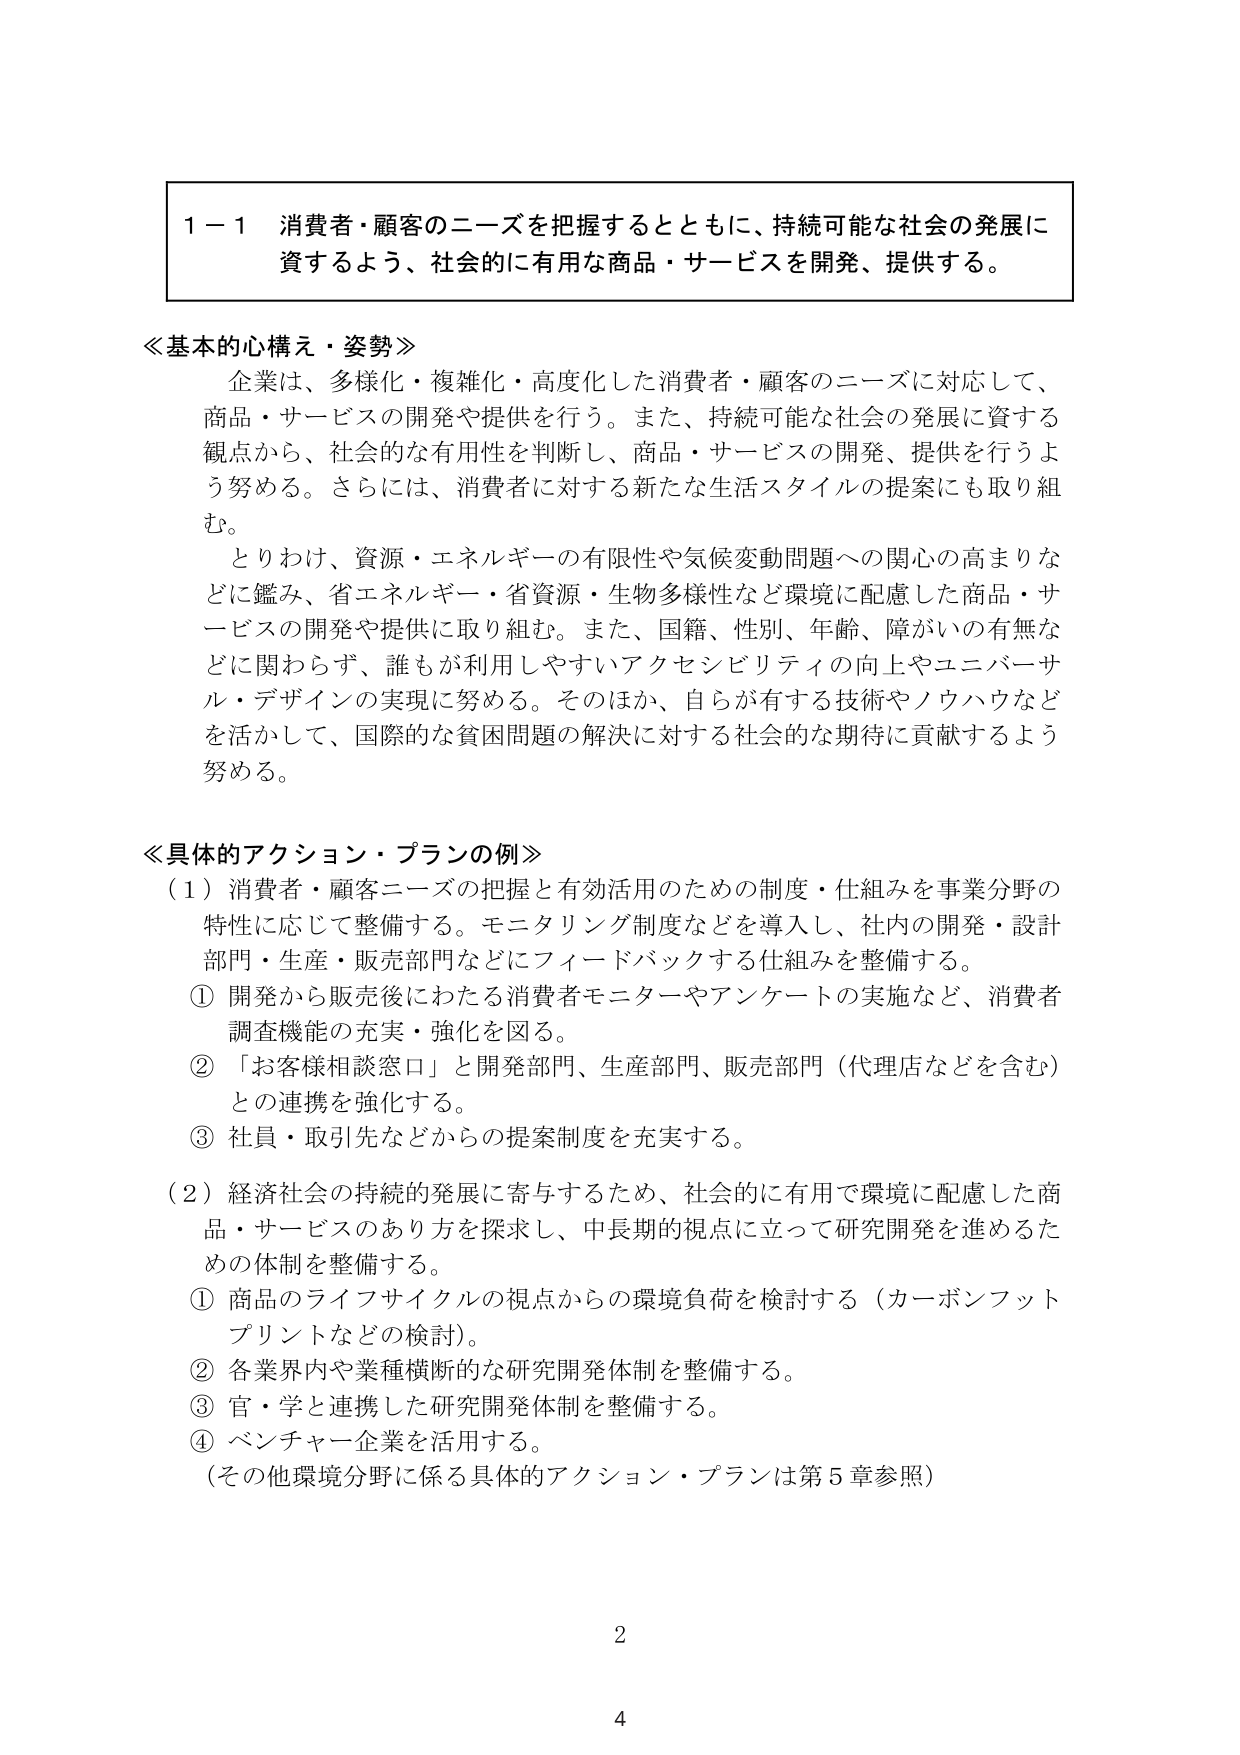
1－1 消費者・顧客のニーズを把握するとともに、持続可能な社会の発展に
資するよう、社会的に有用な商品・サービスを開発、提供する。

≪基本的心構え・姿勢≫
企業は、多様化・複雑化・高度化した消費者・顧客のニーズに対応して、
商品・サービスの開発や提供を行う。また、持続可能な社会の発展に資する
観点から、社会的な有用性を判断し、商品・サービスの開発、提供を行うよ
う努める。さらには、消費者に対する新たな生活スタイルの提案にも取り組
む。
とりわけ、資源・エネルギーの有限性や気候変動問題への関心の高まりな
どに鑑み、省エネルギー・省資源・生物多様性など環境に配慮した商品・サ
ービスの開発や提供に取り組む。また、国籍、性別、年齢、障がいの有無な
どに関わらず、誰もが利用しやすいアクセシビリティの向上やユニバーサ
ル・デザインの実現に努める。そのほか、自らが有する技術やノウハウなど
を活かして、国際的な貧困問題の解決に対する社会的な期待に貢献するよう
努める。

≪具体的アクション・プランの例≫
（1）消費者・顧客ニーズの把握と有効活用のための制度・仕組みを事業分野の
特性に応じて整備する。モニタリング制度などを導入し、社内の開発・設計
部門・生産・販売部門などにフィードバックする仕組みを整備する。
① 開発から販売後にわたる消費者モニターやアンケートの実施など、消費者
調査機能の充実・強化を図る。
② 「お客様相談窓口」と開発部門、生産部門、販売部門（代理店などを含む）
との連携を強化する。
③ 社員・取引先などからの提案制度を充実する。
（2）経済社会の持続的発展に寄与するため、社会的に有用で環境に配慮した商
品・サービスのあり方を探求し、中長期的視点に立って研究開発を進めるた
めの体制を整備する。
① 商品のライフサイクルの視点からの環境負荷を検討する（カーボンフット
プリントなどの検討）。
② 各業界内や業種横断的な研究開発体制を整備する。
③ 官・学と連携した研究開発体制を整備する。
④ ベンチャー企業を活用する。
（その他環境分野に係る具体的アクション・プランは第5章参照）

2
4